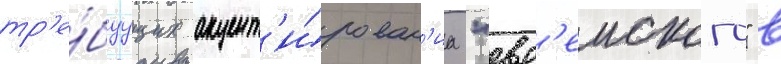
тр'е́буущих акцент'и́рован'иа "евр'еиского" в